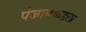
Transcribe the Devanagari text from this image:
पंजाबकडला